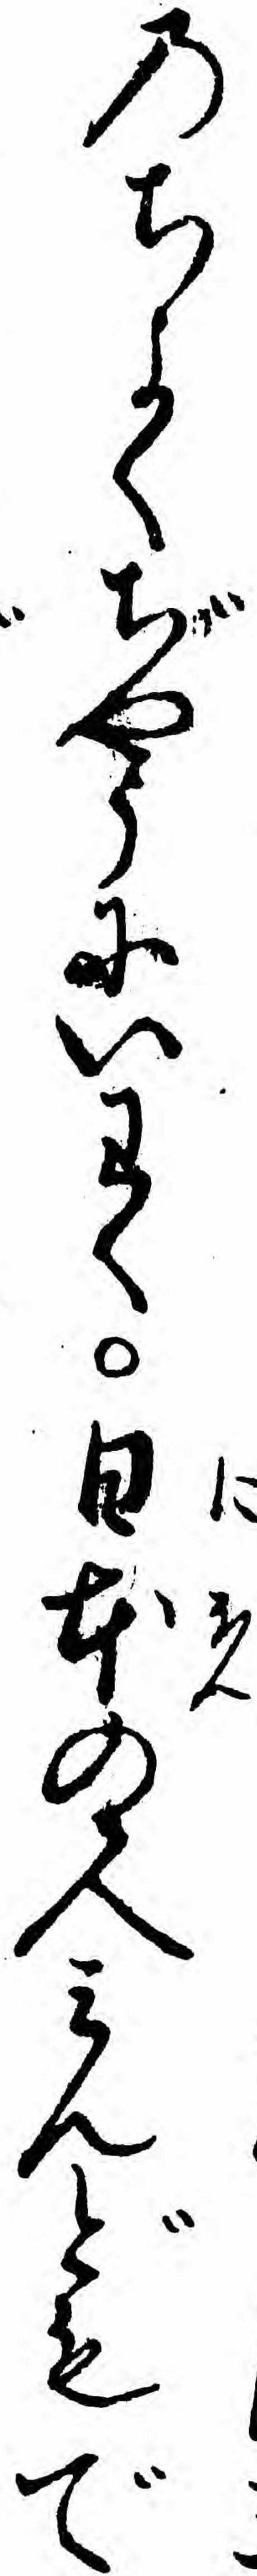
のちよくぢやうにいわく日本の人ミんどもで